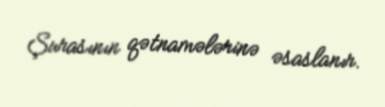
Şurasının qətnamələrinə əsaslanır.